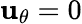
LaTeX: \mathbf{u}_{\theta}=0